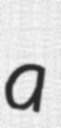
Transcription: a